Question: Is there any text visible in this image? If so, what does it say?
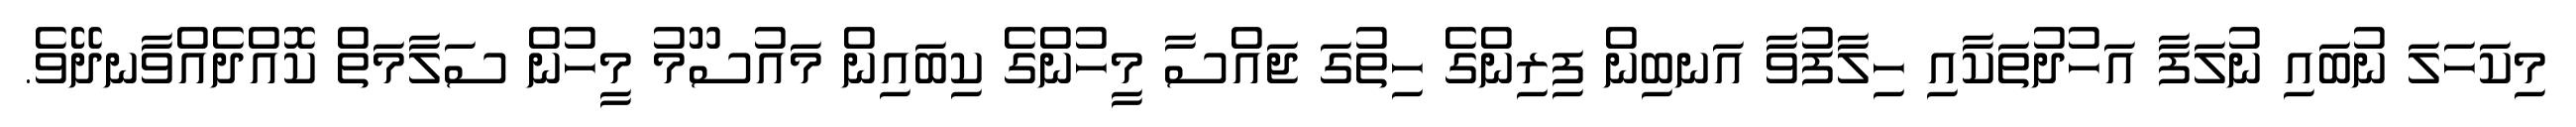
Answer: މިކަހަލަ ނުބައި ނުލަފާ އަހުދުތަކާއި ހިލާފުވާ އަނބިން ފިރިންގެ ހިތުގަ ޖައްސާ މީހުންގެ ކިބައިން މައުސޫމު މީހުން ސަލާމަތް ކޮއްދެއްވާނދޭވެ.